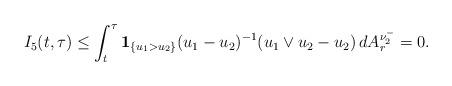
LaTeX: \begin{align*}I_{5}(t, \tau)\le \int_{t}^{\tau}\mathbf{1}_{\{u_{1}>u_{2}\}}(u_{1}-u_{2})^{-1}(u_{1}\vee u_{2}-u_{2})\,dA_{r}^{\nu_{2}^{-}}=0.\end{align*}